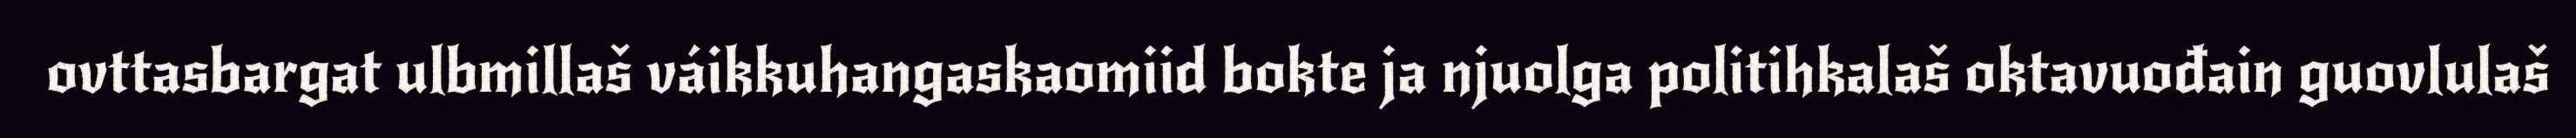
ovttasbargat ulbmillaš váikkuhangaskaomiid bokte ja njuolga politihkalaš oktavuođain guovlulaš